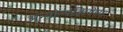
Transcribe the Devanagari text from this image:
अन्योन्यक्रियेच्या